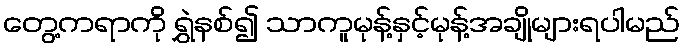
တွေ့ကရာကို ရွှဲနစ်၍ သာကူမုန့်နှင့်မုန့်အချိုများရပါမည်